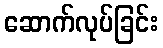
ဆောက်လုပ်ခြင်း